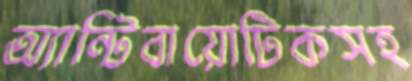
অ্যান্টিবায়োটিকসহ